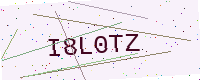
Text: I8L0TZ